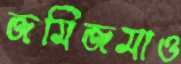
জমিজমাও